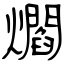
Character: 爓